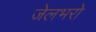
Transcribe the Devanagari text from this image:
जेलभरो